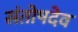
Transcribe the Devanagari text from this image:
संतोषदेव